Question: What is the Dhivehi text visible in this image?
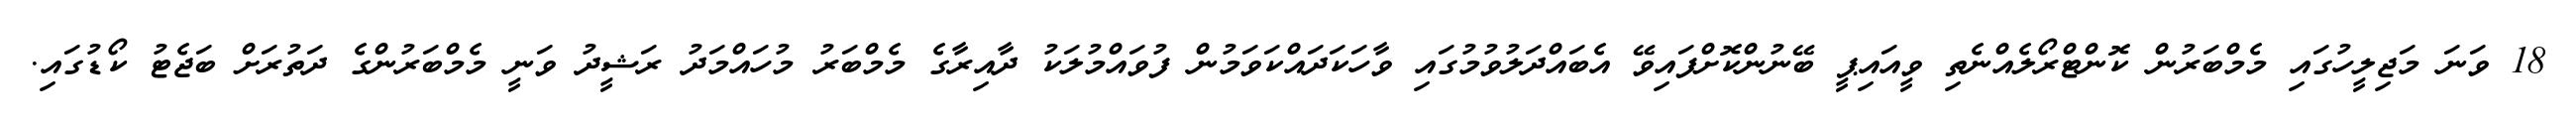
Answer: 18 ވަނަ މަޖިލީހުގައި މެމްބަރުން ކޮންޓްރޯލެއްނެތި ވީއައިޕީ ބޭނުންކޮށްފައިވޭ އެބައްދަލުވުމުގައި ވާހަކަދައްކަވަމުން ފުވައްމުލަކު ދާއިރާގެ މެމްބަރު މުހައްމަދު ރަޝީދު ވަނީ މެމްބަރުންގެ ދަތުރަށް ބަޖެޓު ކޯޑުގައި.